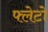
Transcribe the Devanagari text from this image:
फ्लेटो